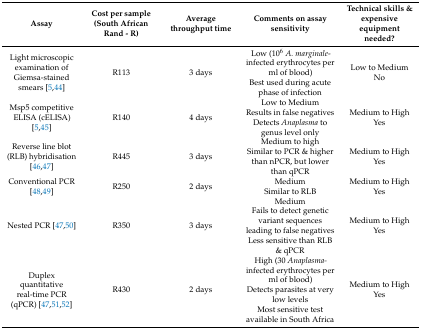
| Assay | Cost per sample (South African Rand - R) | Average throughput time | Comments on assay sensitivity | Technical skills & expensive equipment needed? |
 | --- | --- | --- | --- | --- |
 | Light microscopic examination of Giemsa-stained smears [5,44] | R113 | 3 days | Low (106A. marginale- infected erythrocytes per ml of blood)Best used during acute phase of infection | Low to MediumNo |
 | Msp5 competitive ELISA (cELISA) [5,45] | R140 | 4 days | Low to MediumResults in false negativesDetects Anaplasma to genus level only | Medium to HighYes |
 | Reverse line blot (RLB) hybridisation [46,47] | R445 | 3 days | Medium to highSimilar to PCR & higher than nPCR, but lower than qPCR | Medium to HighYes |
 | Conventional PCR [48,49] | R250 | 2 days | MediumSimilar to RLB | Medium to HighYes |
 | Nested PCR [47,50] | R350 | 3 days | MediumFails to detect genetic variant sequences leading to false negativesLess sensitive than RLB & qPCR | Medium to HighYes |
 | Duplex quantitative real-time PCR (qPCR) [47,51,52] | R430 | 2 days | High (30 Anaplasma- infected erythrocytes per ml of blood)Detects parasites at very low levelsMost sensitive test available in South Africa | Medium to HighYes |